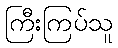
ကြီးကြပ်သူ